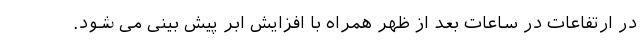
در ارتفاعات در ساعات بعد از ظهر همراه با افزایش ابر پیش بینی می شود.